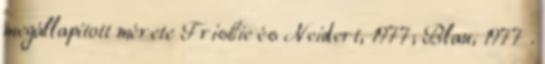
megállapított mérete Frisbie és Neidert, 1977; Blau, 1977 .